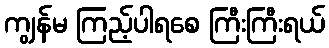
ကျွန်မ ကြည့်ပါရစေ ကြီးကြီးရယ်